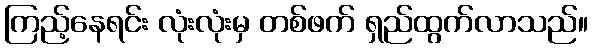
ကြည့်နေရင်း လုံးလုံးမှ တစ်ဖက် ရှည်ထွက်လာသည်။